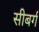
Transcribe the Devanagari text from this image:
सीबर्ग